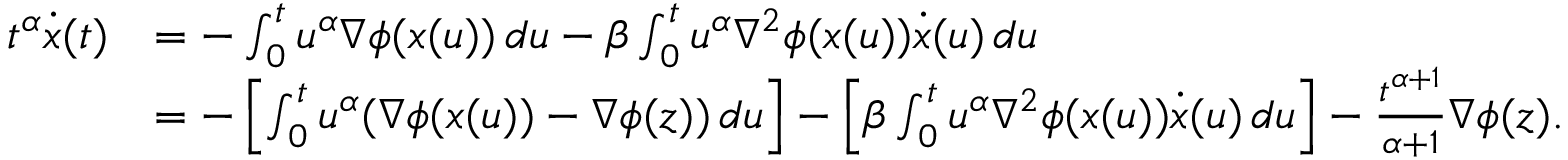
\begin{array} { r l } { t ^ { \alpha } \dot { x } ( t ) } & { = - \int _ { 0 } ^ { t } u ^ { \alpha } \nabla \phi ( x ( u ) ) \, d u - \beta \int _ { 0 } ^ { t } u ^ { \alpha } \nabla ^ { 2 } \phi ( x ( u ) ) \dot { x } ( u ) \, d u } \\ & { = - \left[ \int _ { 0 } ^ { t } u ^ { \alpha } ( \nabla \phi ( x ( u ) ) - \nabla \phi ( z ) ) \, d u \right] - \left[ \beta \int _ { 0 } ^ { t } u ^ { \alpha } \nabla ^ { 2 } \phi ( x ( u ) ) \dot { x } ( u ) \, d u \right] - \frac { t ^ { \alpha + 1 } } { \alpha + 1 } \nabla \phi ( z ) . } \end{array}